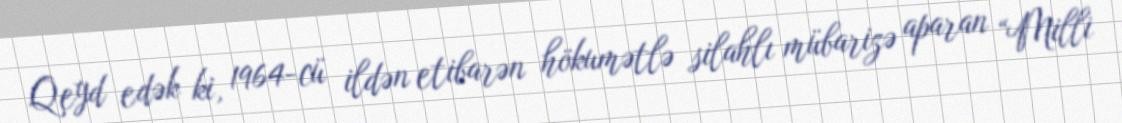
Qeyd edək ki, 1964-cü ildən etibarən hökumətlə silahlı mübarizə aparan “Milli